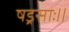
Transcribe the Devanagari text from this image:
षड्रसाः॥